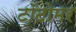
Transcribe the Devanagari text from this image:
टॉटोमर